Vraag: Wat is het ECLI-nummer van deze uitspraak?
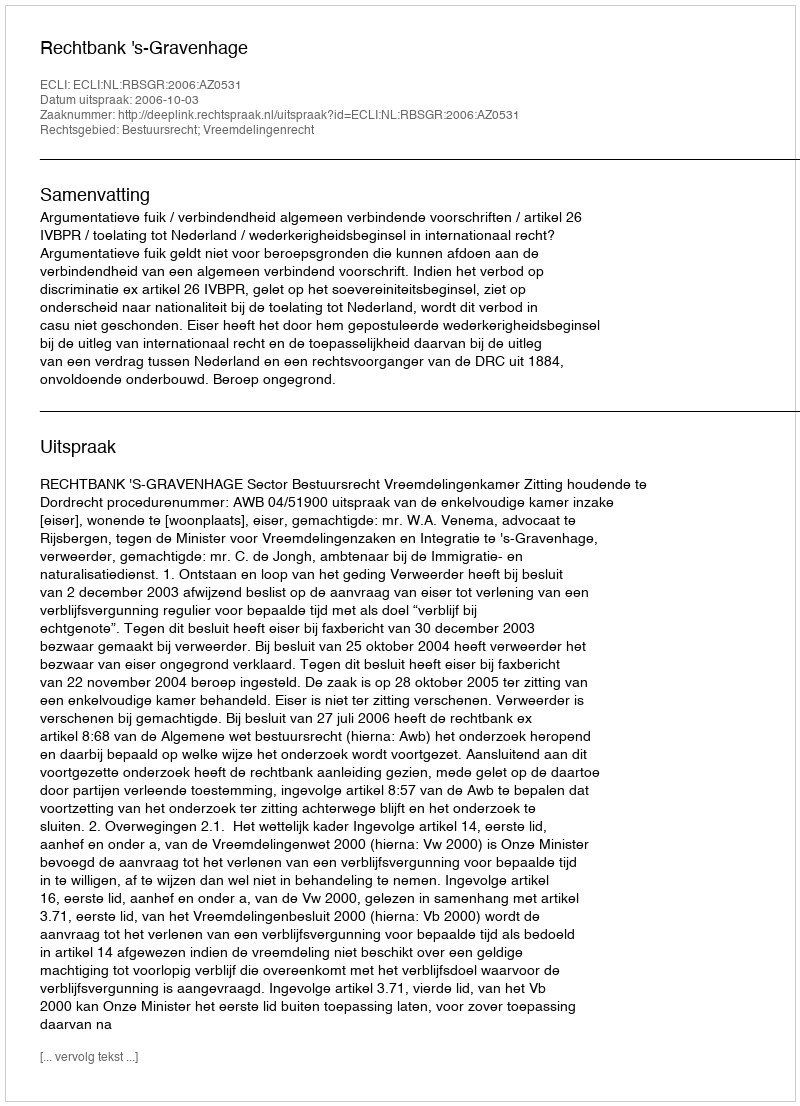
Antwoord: ECLI:NL:RBSGR:2006:AZ0531